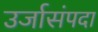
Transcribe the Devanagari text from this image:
उर्जासंपदा